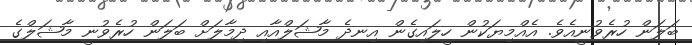
ބަލަން ހުރެވުނީއެވެ. އެއްމިޔަކުން ހީލައިގެން އިނދެ މާޝަލްއާއި ދިމާލަށް ބަލަން ހުރެވުނީ މާޝަލްގެ